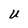
Character: U